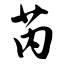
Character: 芮